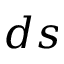
d s